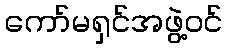
ကော်မရှင်အဖွဲ့ဝင်